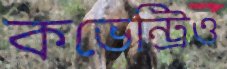
কভেন্ট্রিও